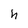
Character: h